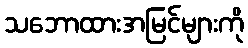
သဘောထားအမြင်များကို